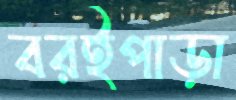
বরইপাড়া